Report of the Indian Hemp Drugs Commission, 1894-1895 - Volume I
Year: 1894
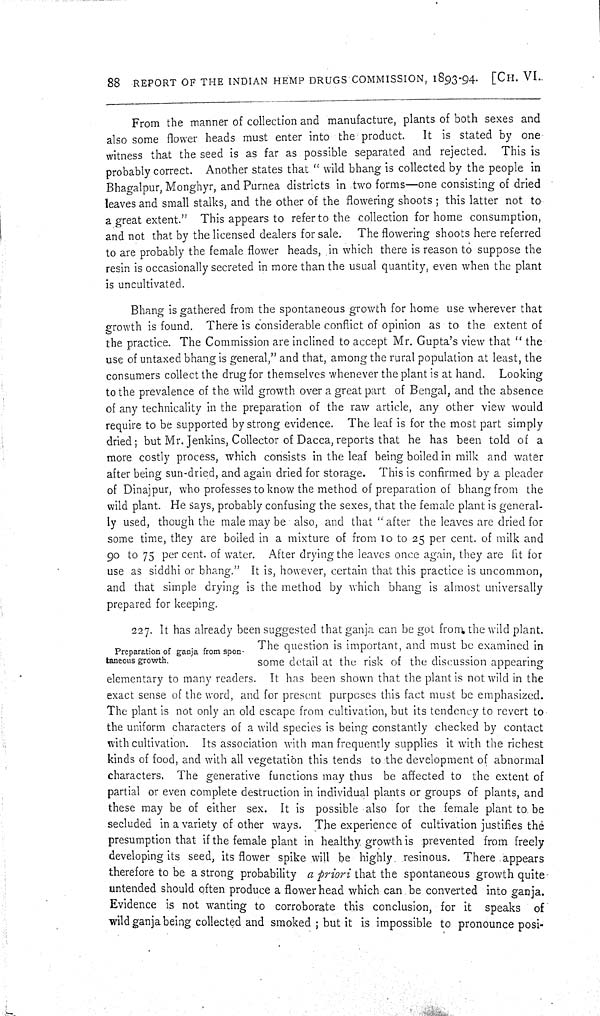
88 REPORT OF THE INDIAN HEMP DRUGS COMMISSION, 1893-94. [CH. VI.
From the manner of collection and manufacture, plants of both sexes and
also some flower heads must enter into the product. It is stated by one
witness that the seed is as far as possible separated and rejected. This is
probably correct. Another states that "wild bhang is collected by the people in
Bhagalpur, Monghyr, and Purnea districts in two forms-one consisting of dried
leaves and small stalks, and the other of the flowering shoots; this latter not to
a great extent." This appears to refer to the collection for home consumption,
and not that by the licensed dealers for sale. The flowering shoots here referred
to are probably the female flower heads, in which there is reason to suppose the
resin is occasionally secreted in more than the usual quantity, even when the plant
is uncultivated.
Bhang is gathered from the spontaneous growth for home use wherever that
growth is found. There is considerable conflict of opinion as to the extent of
the practice. The Commission are inclined to accept Mr. Gupta's view that "the
use of untaxed bhang is general," and that, among the rural population at least, the
consumers collect the drug for themselves whenever the plant is at hand. Looking
to the prevalence of the wild growth over a great part of Bengal, and the absence
of any technicality in the preparation of the raw article, any other view would
require to be supported by strong evidence. The leaf is for the most part simply
dried; but Mr. Jenkins, Collector of Dacca, reports that he has been told of a
more costly process, which consists in the leaf being boiled in milk and water
after being sun-dried, and again dried for storage. This is confirmed by a pleader
of Dinajpur, who professes to know the method of preparation of bhang from the
wild plant. He says, probably confusing the sexes, that the female plant is general-
ly used, though the male may be also, and that "after the leaves are dried for
some time, they are boiled in a mixture of from 10 to 25 per cent. of milk and
90 to 75 per cent. of water. After drying the leaves once again, they are fit for
use as siddhi or bhang." It is, however, certain that this practice is uncommon,
and that simple drying is the method by which bhang is almost universally
prepared for keeping.
Preparation of ganja from spon-
taneous growth.
227. It has already been suggested that ganja can be got from the wild plant.
The question is important, and must be examined in
some detail at the risk of the discussion appearing
elementary to many readers. It has been shown that the plant is not wild in the
exact sense of the word, and for present purposes this fact must be emphasized.
The plant is not only an old escape from cultivation, but its tendency to revert to
the uniform characters of a wild species is being constantly checked by contact
with cultivation. Its association with man frequently supplies it with the richest
kinds of food, and with all vegetation this tends to the development of abnormal
characters. The generative functions may thus be affected to the extent of
partial or even complete destruction in individual plants or groups of plants, and
these may be of either sex. It is possible also for the female plant to be
secluded in a variety of other ways. The experience of cultivation justifies the
presumption that if the female plant in healthy growth is prevented from freely
developing its seed, its flower spike will be highly resinous. There appears
therefore to be a strong probability a priori that the spontaneous growth quite-
untended should often produce a flower head which can be converted into ganja.
Evidence is not wanting to corroborate this conclusion, for it speaks
of
wild ganja being collected and smoked; but it is impossible to pronounce posi-